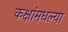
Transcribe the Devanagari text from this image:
कक्षांमधल्या